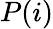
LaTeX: P(i)